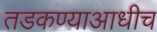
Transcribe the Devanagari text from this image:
तडकण्याआधीच